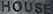
HOUSE